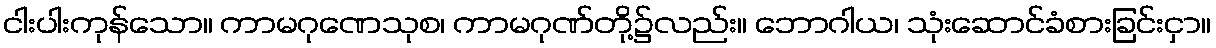
ငါးပါးကုန်သော။ ကာမဂုဏေသုစ၊ ကာမဂုဏ်တို့၌လည်း။ ဘောဂါယ၊ သုံးဆောင်ခံစားခြင်းငှာ။